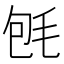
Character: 𣭀